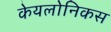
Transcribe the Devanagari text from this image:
केयलोनिकस